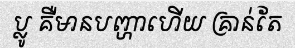
ប្លូ គឺមានបញ្ហាហើយ គ្រាន់តែ